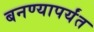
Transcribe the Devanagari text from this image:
बनण्यापर्यंत